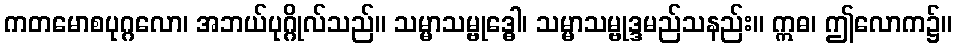
ကတမောစပုဂ္ဂလော၊ အဘယ်ပုဂ္ဂိုလ်သည်။ သမ္မာသမ္ဗုဒ္ဓေါ၊ သမ္မာသမ္ဗုဒ္ဒမည်သနည်း။ ဣဓ၊ ဤလောက၌။